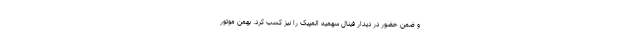
و ضمن حضور در دیدار فینال سهمیه المپیک را نیز کسب کرد. بهمن موتور